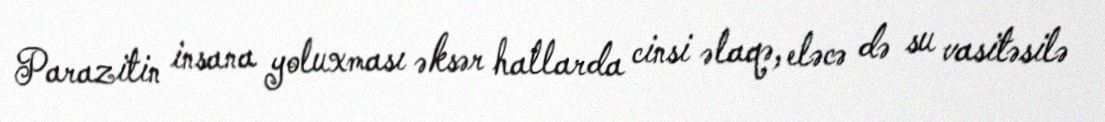
Parazitin insana yoluxması əksər hallarda cinsi əlaqə, eləcə də su vasitəsilə